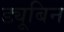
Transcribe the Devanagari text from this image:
ड्यूबिन